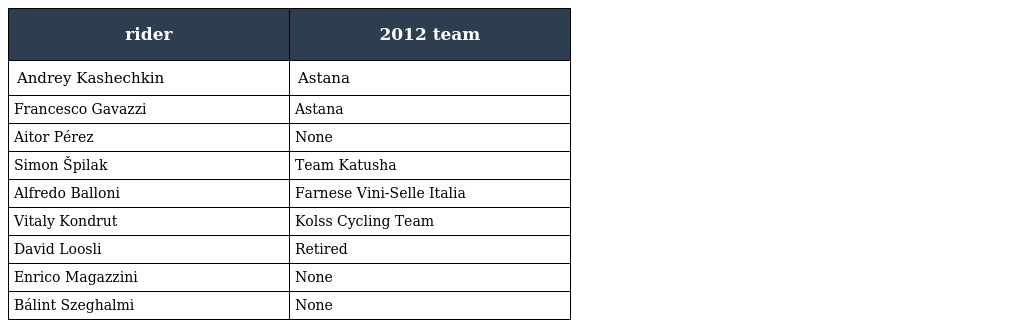
| rider | 2012 team |
 | --- | --- |
 | Andrey Kashechkin | Astana |
 | Francesco Gavazzi | Astana |
 | Aitor Pérez | None |
 | Simon Špilak | Team Katusha |
 | Alfredo Balloni | Farnese Vini-Selle Italia |
 | Vitaly Kondrut | Kolss Cycling Team |
 | David Loosli | Retired |
 | Enrico Magazzini | None |
 | Bálint Szeghalmi | None |